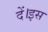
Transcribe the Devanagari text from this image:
दें।इस